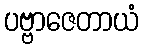
ပဗ္ဗာဇေတာယံ